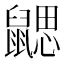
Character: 𪕳